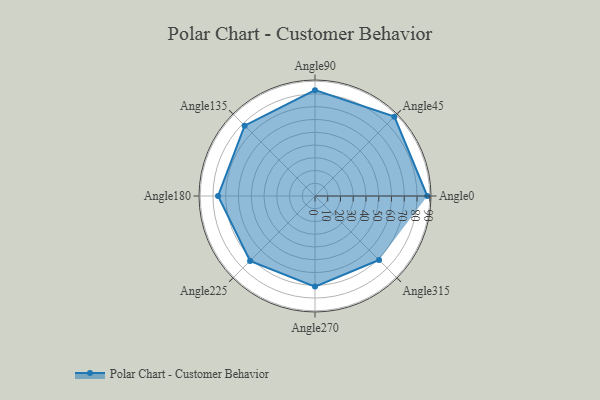
{"axis": {"x": "Angle", "y": "Radius"}, "legend": [""], "data": [{"x": "Angle0", "y": 88.0, "type": ""}, {"x": "Angle45", "y": 88.0, "type": ""}, {"x": "Angle90", "y": 83.0, "type": ""}, {"x": "Angle135", "y": 78.0, "type": ""}, {"x": "Angle180", "y": 76.0, "type": ""}, {"x": "Angle225", "y": 72.0, "type": ""}, {"x": "Angle270", "y": 71.0, "type": ""}, {"x": "Angle315", "y": 71.0, "type": ""}]}